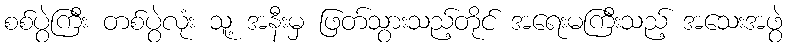
စစ်ပွဲကြီး တစ်ပွဲလုံး သူ့ အနီးမှ ဖြတ်သွားသည့်တိုင် အရေးမကြီးသည့် အသေးအဖွဲ